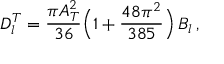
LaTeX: D _ { l } ^ { T } = { \frac { \pi A _ { T } ^ { 2 } } { 3 6 } } \Big ( 1 + { \frac { 4 8 \pi ^ { 2 } } { 3 8 5 } } \Big ) \, B _ { l } \, ,